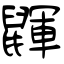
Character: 鼲